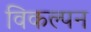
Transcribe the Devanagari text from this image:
विकल्पन